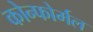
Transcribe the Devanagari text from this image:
कोन्फोर्मल